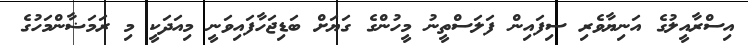
އިސްރާއީލުގެ އަނިޔާވެރި ސިފައިން ފަލަސްތީނު މީހުންގެ ގަޔަށް ބަޑިޖަހާފައިވަނީ މިއަދަކީ މި ރަމަޟާންމަހުގެ